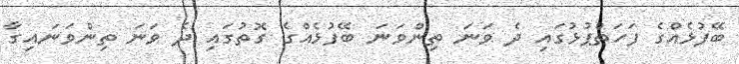
ބޭފުޅެއްގެ ފަހަތްޕުޅުގައި ދެ ވަނަ ތިންވަނަ ބޭފުޅެއްގެ ގޮތުގައި ދެ ވަނަ ތިންވަނައިގާ